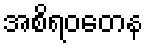
အစိရဝတေန